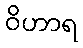
ဝိဟာရ